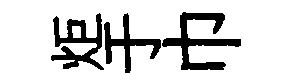
炬于巾